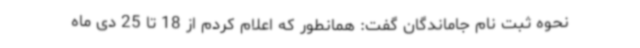
نحوه ثبت نام جاماندگان گفت: همانطور که اعلام کردم از 18 تا 25 دی ماه